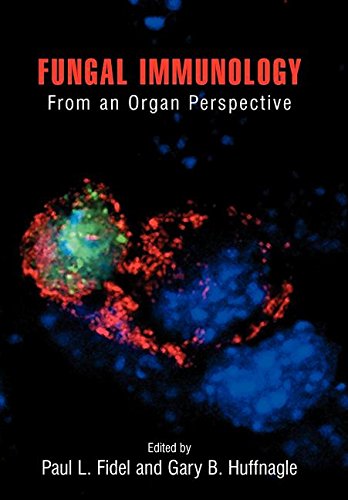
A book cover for Fungal Immunology (Handbook of Experimental Pharmacology); Detlev Ganten; Medical Books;